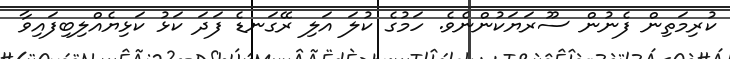
ކުރިމަތިން ފެނުން ސޫރަޔަކުންނެވެ. ހަމުގެ ކުލަ އަލި ރޭގަނޑެ ފަދަ ކަޅު ކަޅިޔެއްލިބިފައިވާ